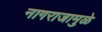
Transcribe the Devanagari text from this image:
नागराजामुळे